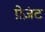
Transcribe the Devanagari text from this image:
प्रेज़ंट